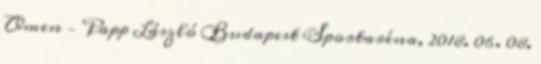
Omen – Papp László Budapest Sportaréna, 2018. 06. 08.